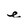
Character: e